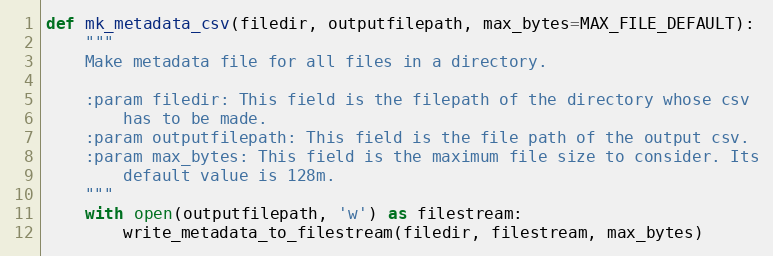
Language: Python
def mk_metadata_csv(filedir, outputfilepath, max_bytes=MAX_FILE_DEFAULT):
    """
    Make metadata file for all files in a directory.

    :param filedir: This field is the filepath of the directory whose csv
        has to be made.
    :param outputfilepath: This field is the file path of the output csv.
    :param max_bytes: This field is the maximum file size to consider. Its
        default value is 128m.
    """
    with open(outputfilepath, 'w') as filestream:
        write_metadata_to_filestream(filedir, filestream, max_bytes)